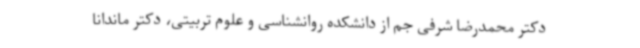
دکتر محمدرضا شرفی جم از دانشکده روانشناسی و علوم تربیتی، دکتر ماندانا